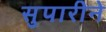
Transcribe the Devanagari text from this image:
सुपारीने